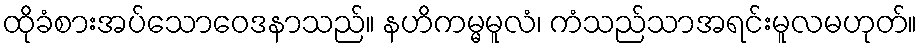
ထိုခံစားအပ်သောဝေဒနာသည်။ နဟိကမ္မမူလံ၊ ကံသည်သာအရင်းမူလမဟုတ်။